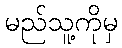
မည်သူ့ကိုမှ